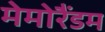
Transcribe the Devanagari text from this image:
मेमोरैंडम